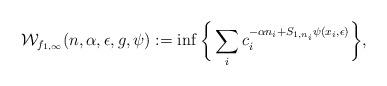
LaTeX: \begin{align*}\mathcal{W}_{f_{1,\infty}}(n,\alpha,\epsilon,g,\psi):=\inf\bigg\{\sum_{i}c_{i}^{-\alpha n_{i}+S_{1,n_{i}}\psi(x_{i},\epsilon)}\bigg\},\end{align*}